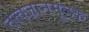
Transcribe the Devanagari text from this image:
तत्वज्ञानमूलक